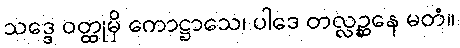
သဒ္ဒေ ဝတ္ထုမှိ ကောဋ္ဌာသေ၊ ပါဒေ တလ္လဉ္ဆနေ မတံ။